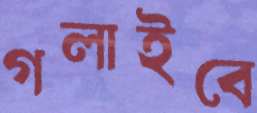
গলাইবে